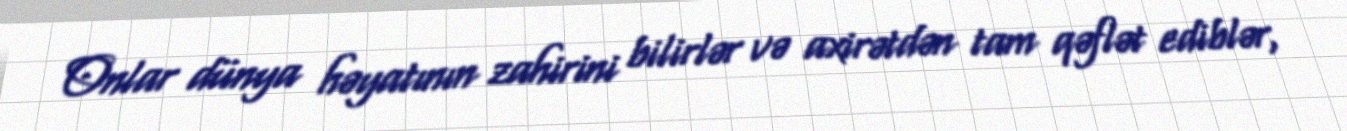
Onlar dünya həyatının zahirini bilirlər və axirətdən tam qəflət ediblər,